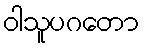
ဝါသူပဂတော